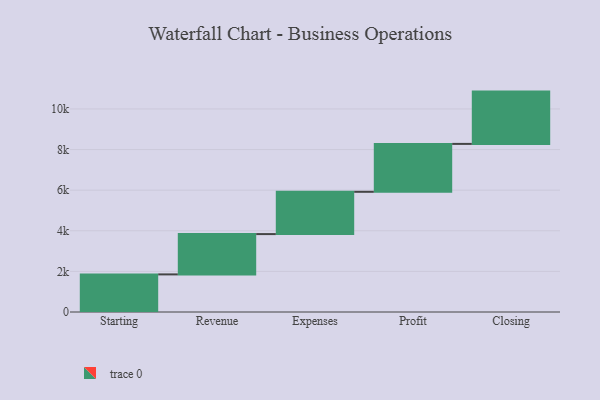
{"axis": {"x": "Step", "y": "Value"}, "legend": [""], "data": [{"x": "Starting", "y": 1852.0, "type": ""}, {"x": "Revenue", "y": 1985.0, "type": ""}, {"x": "Expenses", "y": 2083.0, "type": ""}, {"x": "Profit", "y": 2359.0, "type": ""}, {"x": "Closing", "y": 2576.0, "type": ""}]}